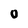
Character: 0